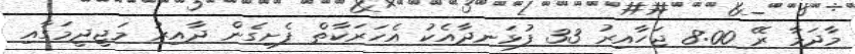
މާދަމާ ރޭ 8:00 ޖަހާއިރު 33 ފުޅަނދާއެކު އެހަރަކާތް ފެށިގެން ދާއިރު މަޖީދީމަގާއި